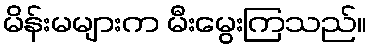
မိန်းမများက မီးမွေးကြသည်။